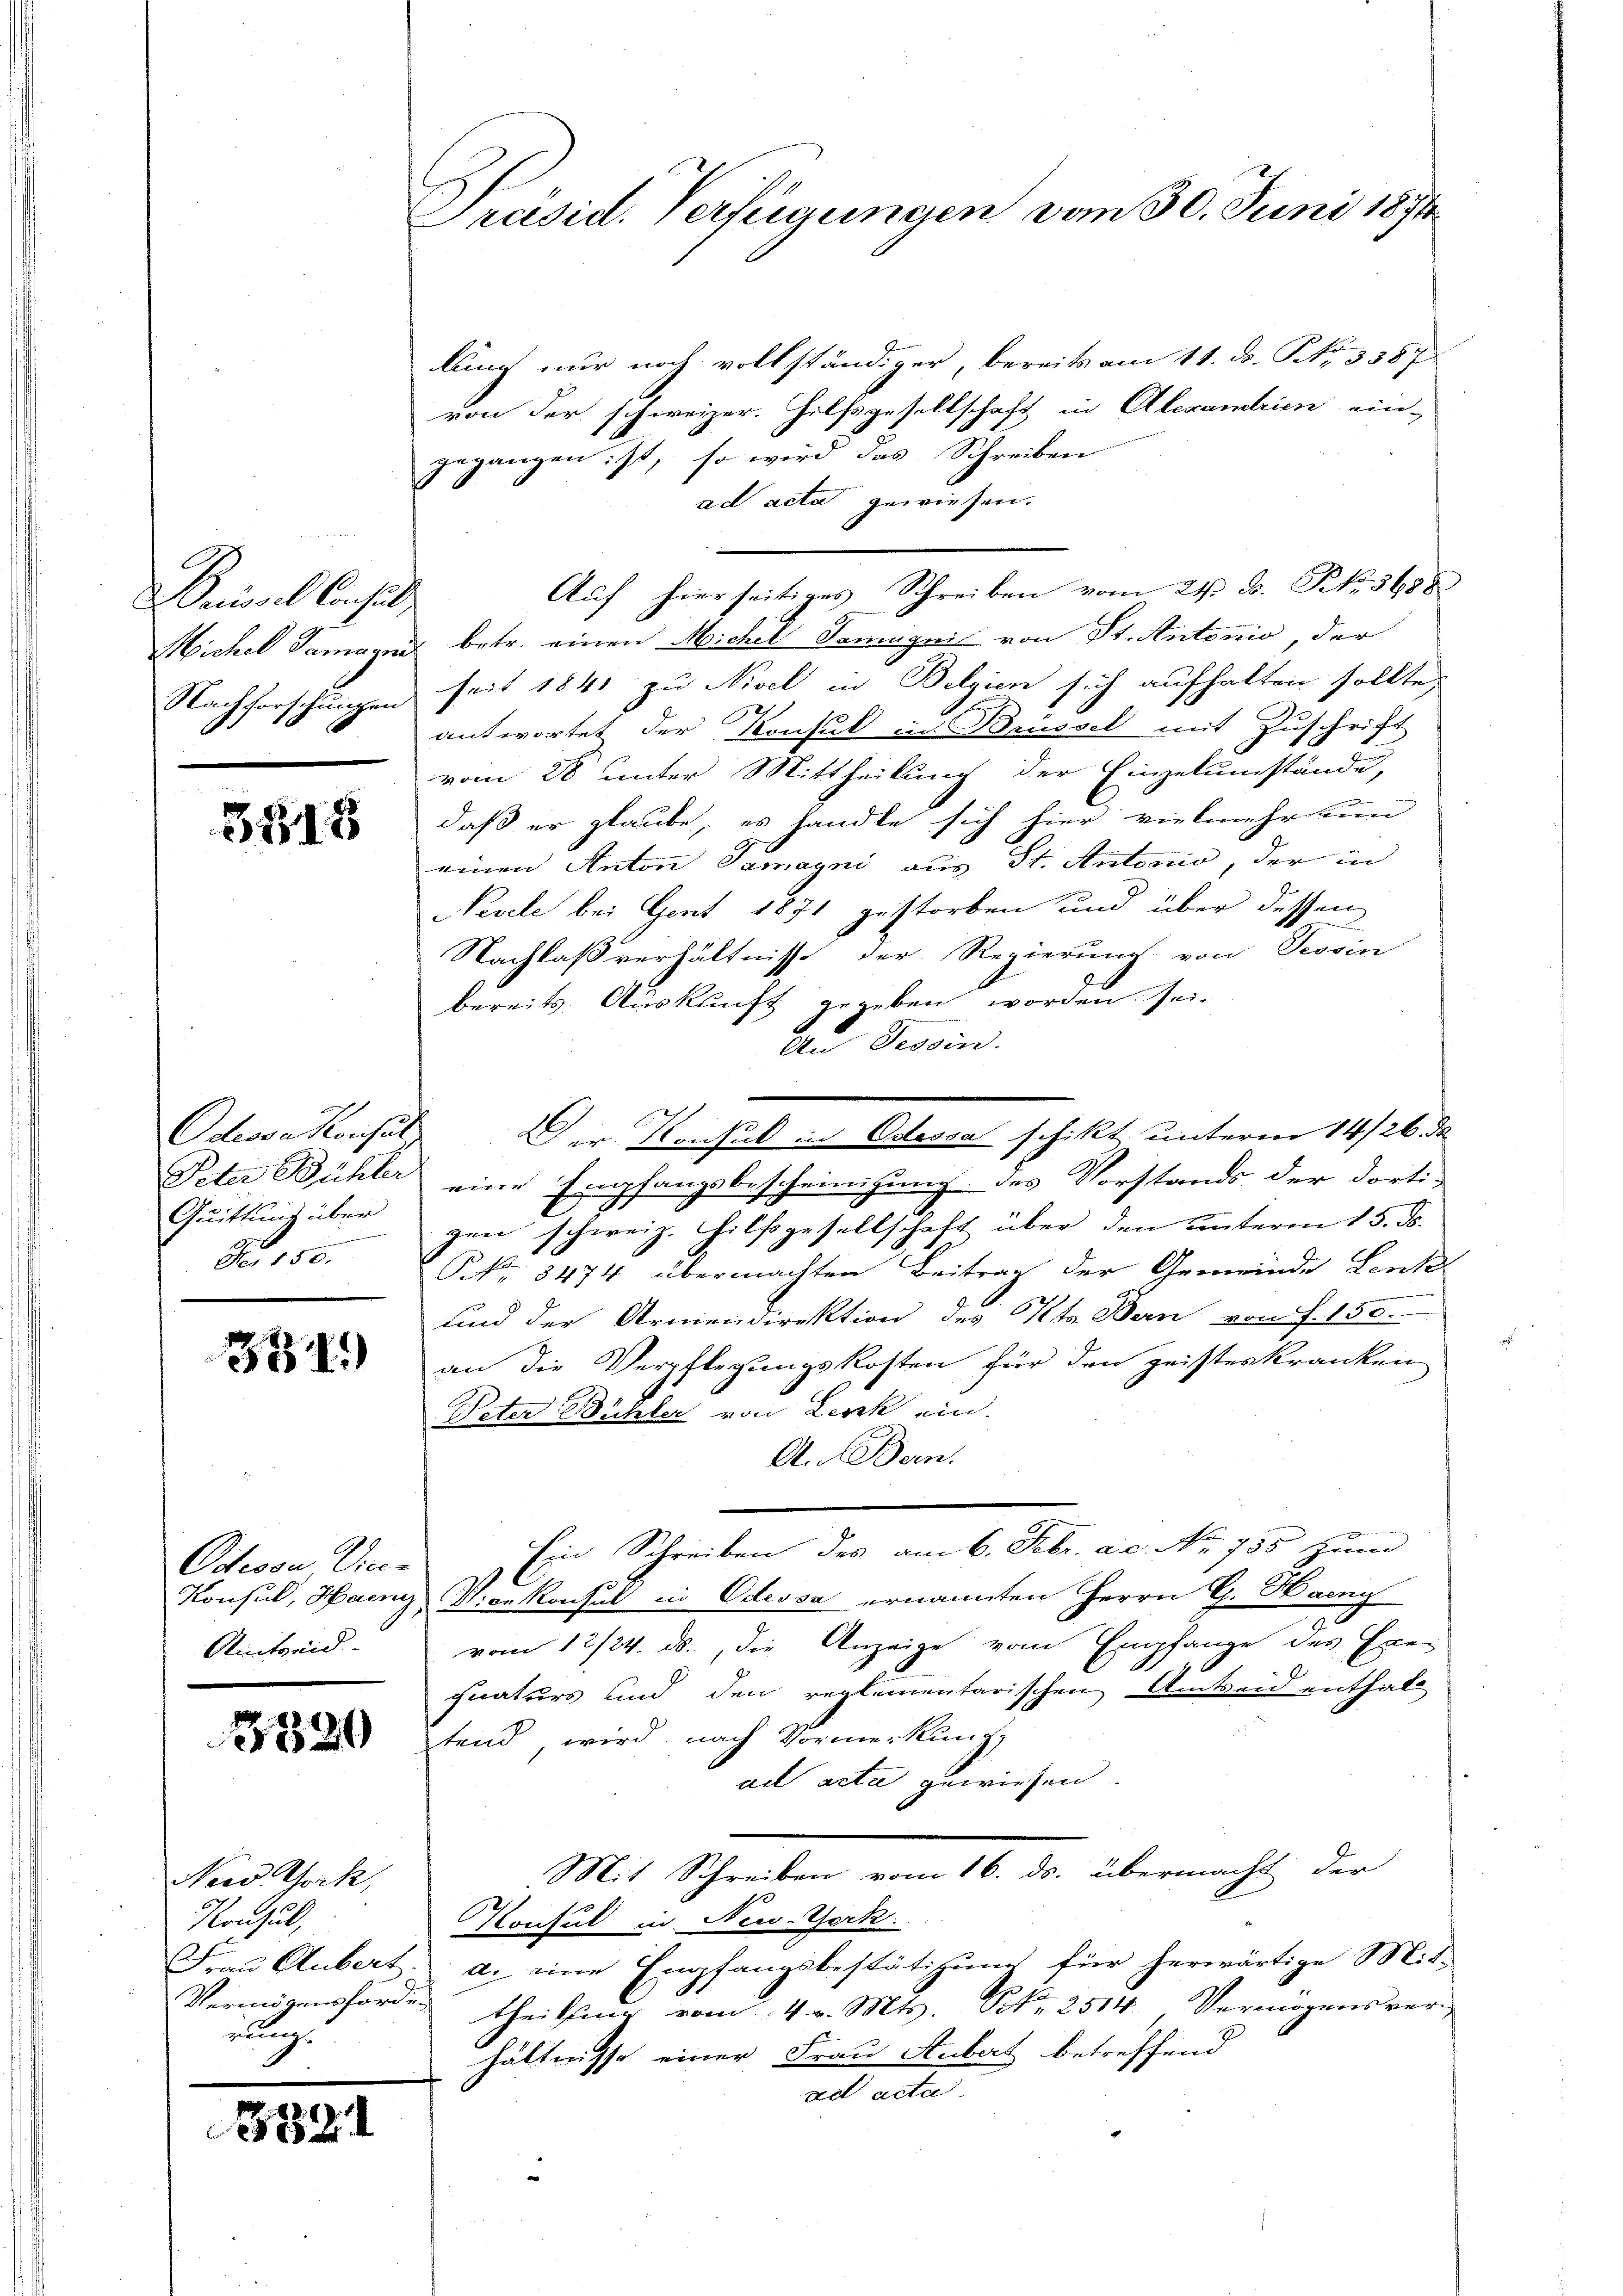
3313

334)

Odeoon Vice-
Amtseid.

1820

New York,
Konsul,
rung

3821

Präsid. Verfügungen vom 30. Juni 1874.

Suiorel Consul
Nachforschungen

Odeose Konsul
Quittung über
No. 150.

lung nur noch vollständiger, bereits am 11. ds. S. 3387
von der schweizer. Hilfsgesellschaft in Alexandrien ein-
gegangen ist, so wird das Schreiben.
ad acta gewiesen.
Auf hierseitiges Schreiben vom 21t J. P. 36880
Michel Tamayni betr. einen Michel Samugnis von St. Antonio, der
seit 1841 zu Nivel in Belgien sich aufhalten sollte,
antwortet der Konsul an Brüssel mit Zuschrift
vom 28 unter Mittheilung der Einzelumstände,
daß er glaube, es handle sich hier vielmehr tuum
einen Anton Samayni aus St. Antonio, der in
Nevele bei Gent 1871 gestorben und über dessen
Nachlaßverhältnisse der Regierung von Tessin
bereits Auskunft gegeben worden sei.
An Tessin.
Peter Bühler eine Empfangsbescheinigung des Vorstands der dorti-
gen schweiz. Hilfsgesellschaft über den unterm 15. ds.
No 3474 übermachten Beitrag der Gemeinde Lenk
und der Armendirektion des Kts. Bern von f. 150.
an die Verpflegungskosten für den geisteskranken
Peter Bühler von Lerck ein.
A.Bern.
Ein Schreiben des am 6. Febr. ac. No. 755 zum
Konsul, Haenny Vicekonsul in Odessa ernannten Herrn G. Haeny
vom 12/24. ds., die Anzeige vom Empfange des Erer
quaturs und den reglementarischen Amtseid enthalt
tend wird nach Vormerkung
ad acta gewiesen.
Mit Schreiben vom 16. ds. übermacht der
Konsul in New-York.
Frau Hubert a. eine Empfangsbestätigung für herwärtige Mit-
Vermögensfordes Theilsing vom 4. v. Mts. N. 2514. Vermögensver
hältnisse einer Frau Aubert betreffend
ad acta.

Der Konsul in Odessa schikt unterm 14/26. de